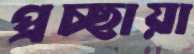
প্রচ্ছায়া